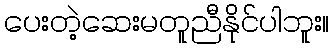
ပေးတဲ့ဆေးမတူညီနိုင်ပါဘူး။